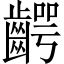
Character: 齶